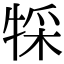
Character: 𤚀